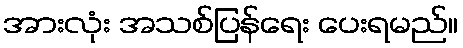
အားလုံး အသစ်ပြန်ရေး ပေးရမည်။